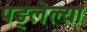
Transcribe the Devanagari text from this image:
पड्लेल्या